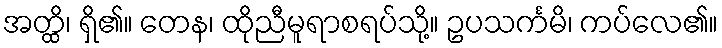
အတ္ထိ၊ ရှိ၏။ တေန၊ ထိုညီမူရာစရပ်သို့။ ဥပသင်္ကမိ၊ ကပ်လေ၏။